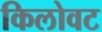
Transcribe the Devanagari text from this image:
किलोवट